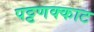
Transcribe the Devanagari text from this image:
पट्टणक्काट